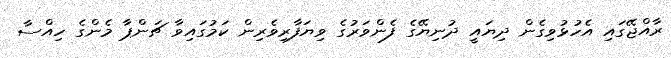
ރާއްޖޭގައި އެހުޅުވިގެން ދިޔައީ ދުނިޔޭގެ ފެންވަރުގެ ވިޔަފާރިވެރިން ކަމުގައިވާ ޗަންޕާ މެންގެ ހިއްސާ